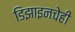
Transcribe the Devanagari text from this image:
डिझाइनचेही